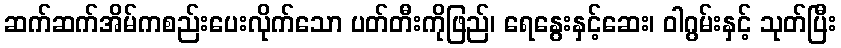
ဆက်ဆက်အိမ်ကစည်းပေးလိုက်သော ပတ်တီးကိုဖြည်၊ ရေနွေးနှင့်ဆေး၊ ဝါဂွမ်းနှင့် သုတ်ပြီး